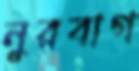
নুরবাগ